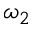
\omega _ { 2 }